Annual report of the Central Committee of the Association together with the report of the directors of the Pasteur Institute at Kasauli
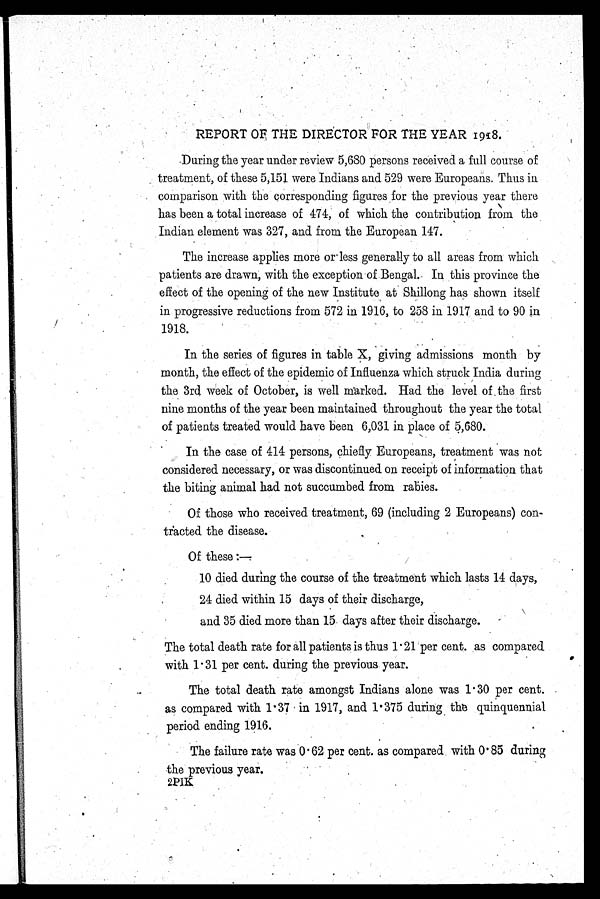
REPORT OF THE DIRECTOR FOR THE YEAR I918.
During the year under review 5,680 persons received a full course of
treatment, of these 5,151 were Indians and 529 were Europeans. Thus in
comparison with the corresponding figures for the previous year there
has been a total increase of 474, of which the contribution from the
Indian element was 327, and from the European 147.
The increase applies more or less generally to all areas from which
patients are drawn, with the exception of Bengal. In this province the
effect of the opening of the new Institute at Shillong has shown itself
in progressive reductions from 572 in 1916, to 258 in 1917 and to 90 in
1918.
In the series of figures in table X, giving admissions month by
month, the effect of the epidemic of Influenza which struck India during
the 3rd week of October, is well marked. Had the level of the first
nine months of the year been maintained throughout the year the total
of patients treated would have been 6,031 in place of 5,680.
In the case of 414 persons, chiefly Europeans, treatment was not
considered necessary, or was discontinued on receipt of information that
the biting animal had not succumbed from rabies.
Of those who received treatment, 69 (including 2 Europeans) con
-
tracted the disease.
Of these:—
10 died during the course of the treatment which lasts 14 days,
•
24 died within 15 days of their discharge,
and 35 died more than 15 days after their discharge.
The total death rate for all patients is thus 1·21 per cent. as compared
with 1 . 31 per cent. during the previous year.
The total death rate amongst Indians alone was 1 . 30 per cent.
as compared with 1 . 37 in 1917, and 1 . 375 during the quinquennial
period ending 1916.
The failure rate was 0 . 62 per cent. as compared with 0 . 85 during
the previous year.
2PIK